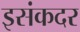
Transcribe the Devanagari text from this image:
इसंकदर